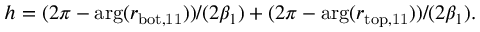
h = ( 2 \pi - \arg ( r _ { \mathrm { b o t , 1 1 } } ) ) / ( 2 \beta _ { 1 } ) + ( 2 \pi - \arg ( r _ { \mathrm { t o p , 1 1 } } ) ) / ( 2 \beta _ { 1 } ) .